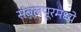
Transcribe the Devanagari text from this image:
संबलपूरमध्ये